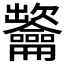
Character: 𪛐